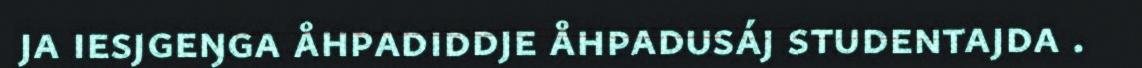
ja iesjgeŋga åhpadiddje åhpadusáj studentajda .